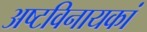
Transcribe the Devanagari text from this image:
अष्टविनायकां